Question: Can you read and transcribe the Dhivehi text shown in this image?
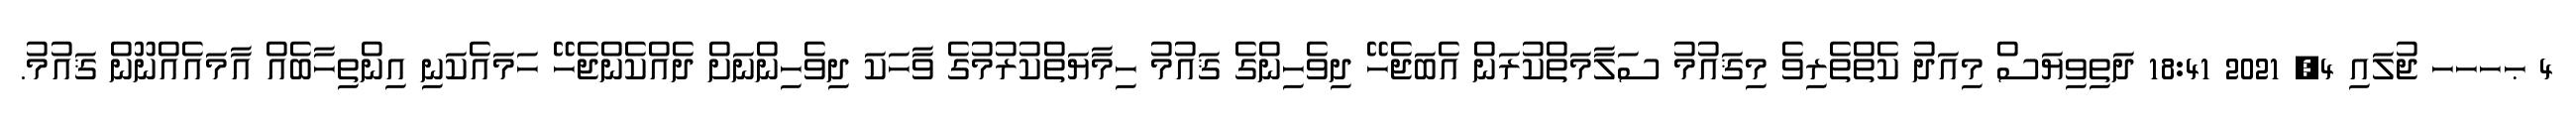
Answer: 4 ޙހހހ ޖުލައި 4, 2021 18:41 ދަތިވިޔަސް މިއަދު ކެތްތެރިވެ މިޤައުމު ސަލާމަތްކުރަން އެބަޖެހޭ ދިވެހިންގެ ޤައުމު ހިމާޔަތްކުރުމުގެ ވާހަކަ ދިވެހިންނަށް ދެއްކެންޖެހޭ ހަމައެކަނި އިންތިހާބެއް އާމައެއްނޫން ޤައުމު.